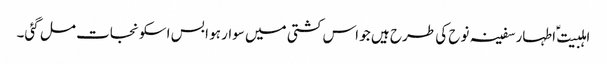
اہلبیت ؑ اطہار سفینہ نوح کی طرح ہیں جو اس کشتی میں سوار ہو ا بس اسکو نجات مل گئی۔